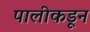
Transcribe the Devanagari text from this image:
पालीकडून